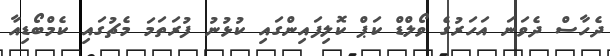
ދެހާސް ދެވަނަ އަހަރުގެ ވޯލްޑް ކަޕް ކޮލިފައިންގައި ކުޅުނު ފުރަތަމަ މެޗުގައި ކެމްބޯޑިއާ